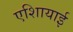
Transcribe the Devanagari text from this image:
एशिायाई